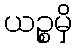
ယဉ္စမှိ